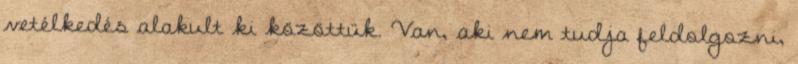
vetélkedés alakult ki közöttük. Van, aki nem tudja feldolgozni,